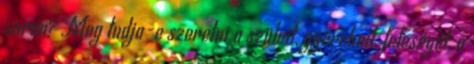
során? Meg tudja-e szeretni a szüleit, gyerekeit, feleségét, a